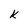
Character: k